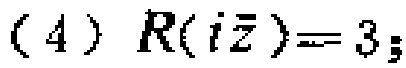
(4) \(R(i\overline{z}) = 3\);